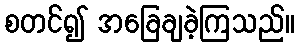
စတင်၍ အခြေချခဲ့ကြသည်။